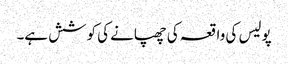
پولیس کی واقعہ کی چھپانے کی کوشش ہے۔